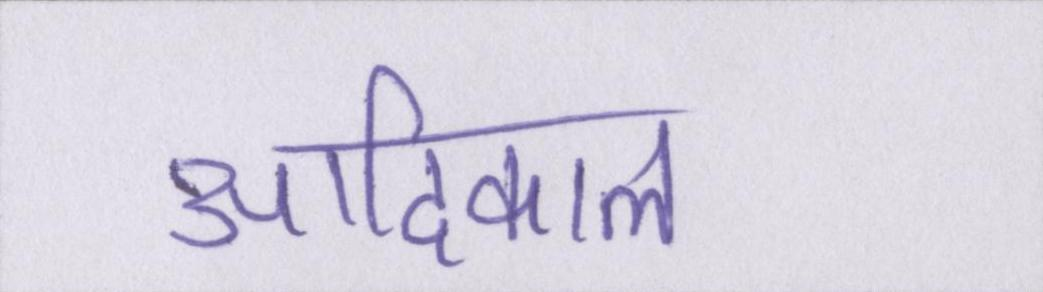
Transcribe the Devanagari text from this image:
आदिकाल